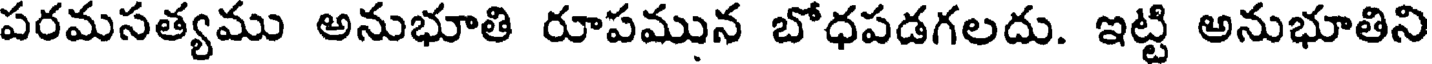
పరమసత్యము అనుభూతి రూపమున బోధపడగలదు. ఇట్టి అనుభూతిని